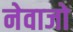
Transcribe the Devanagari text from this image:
नेवाजो